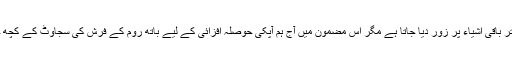
یوں تو باتھ روم کی سجاوٹ میں زیادہ تر باقی اشیاء پر زور دیا جاتا ہے مگر اس مضمون میں آج ہم آپکی حوصلہ افزائی کے لیے باتھ روم کے فرش کی سجاوٹ کے کچھ خیالات لائے ہیں آئیے ان پر نظر ڈالیں۔